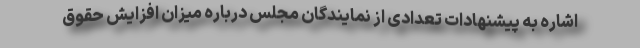
اشاره به پیشنهادات تعدادی از نمایندگان مجلس درباره میزان افزایش حقوق